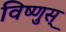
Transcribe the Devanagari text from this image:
विष्णुस्